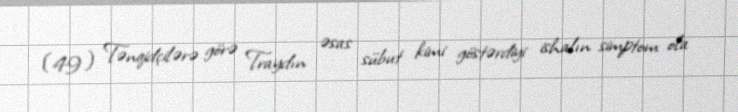
(49) Tənqidçilərə görə Traydın əsas sübut kimi göstərdiyi ishalın simptom ola